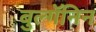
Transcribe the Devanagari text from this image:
बुल्गॅनिन